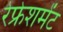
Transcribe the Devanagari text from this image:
रेफ्रेशमेंट